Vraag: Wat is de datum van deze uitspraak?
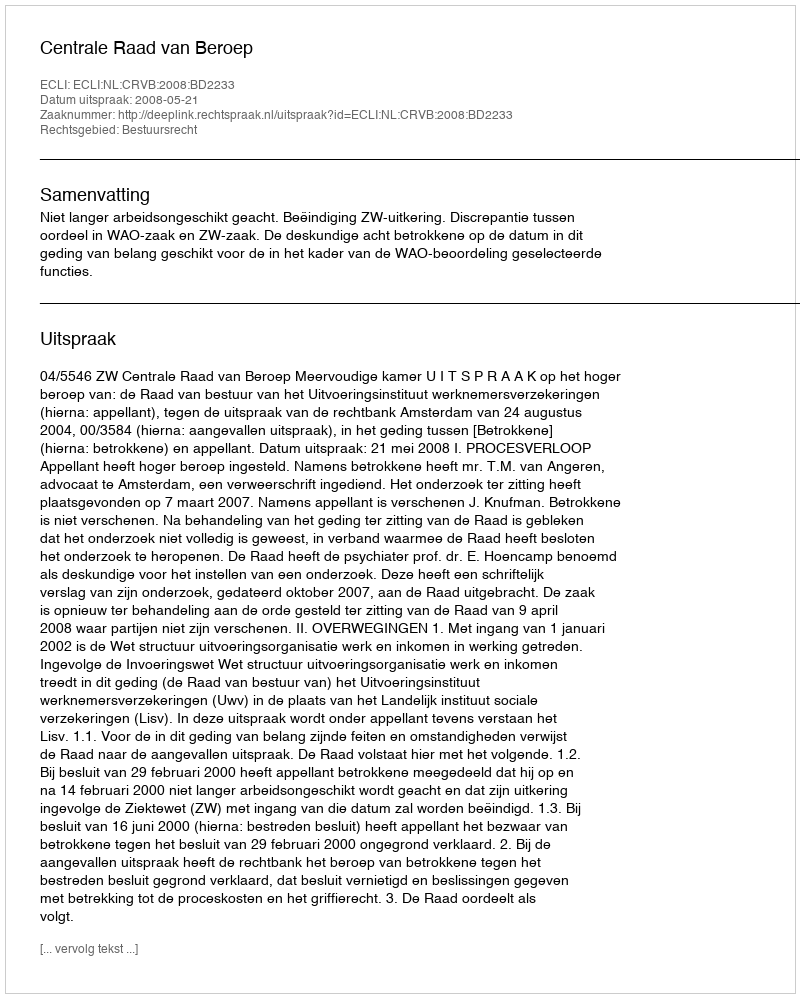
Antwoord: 2008-05-21